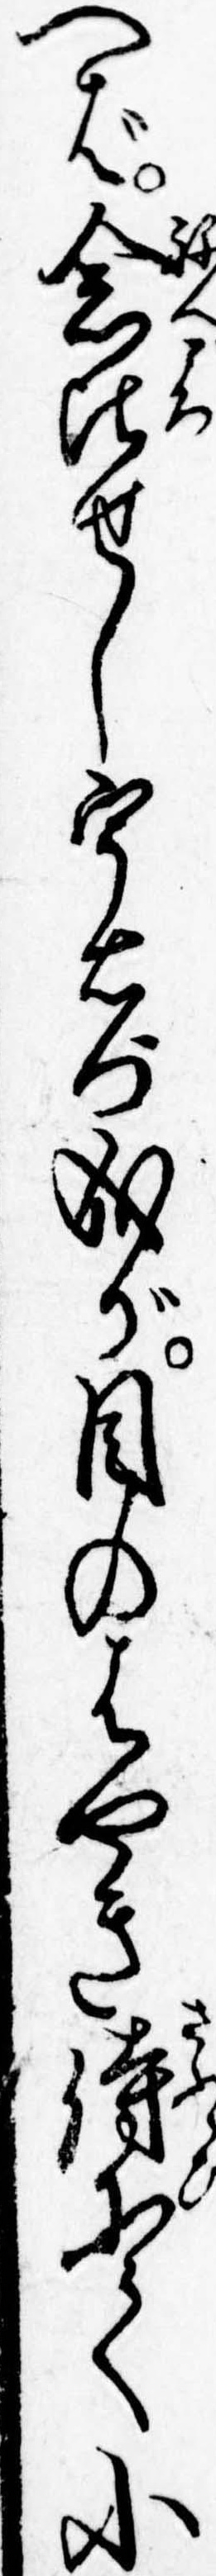
へば念比せし宇右門成が目のはやき侍にて小